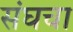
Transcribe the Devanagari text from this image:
संघचा